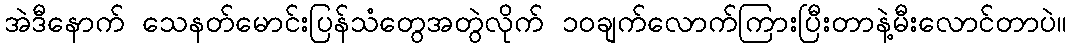
အဲဒီနောက် သေနတ်မောင်းပြန်သံတွေအတွဲလိုက် ၁၀ချက်လောက်ကြားပြီးတာနဲ့မီးလောင်တာပဲ။